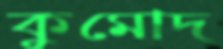
কুমোদ